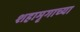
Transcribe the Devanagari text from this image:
शहामृगाच्या